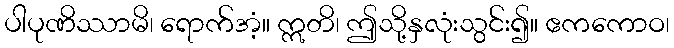
ပါပုဏိဿာမိ၊ ရောက်အံ့။ ဣတိ၊ ဤသို့နှလုံးသွင်း၍။ ဧကကောဝ၊